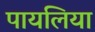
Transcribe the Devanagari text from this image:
पायलिया